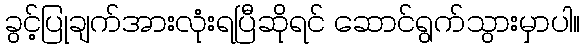
ခွင့်ပြုချက်အားလုံးရပြီဆိုရင် ဆောင်ရွက်သွားမှာပါ။